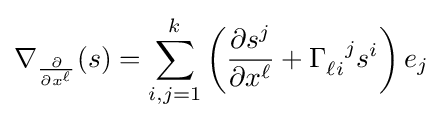
\nabla _{\frac {\partial }{\partial x^{\ell }}}(s)=\sum _{i,j=1}^{k}\left({\frac {\partial s^{j}}{\partial x^{\ell }}}+\Gamma _{\ell i}^{\ \ j}s^{i}\right)e_{j}